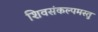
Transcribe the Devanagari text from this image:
शिवसंकल्पमस्तु